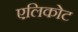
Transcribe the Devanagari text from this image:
एलिकोट